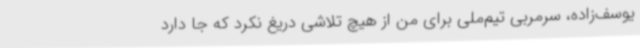
یوسف‌زاده، سرمربی تیم‌ملی برای من از هیچ تلاشی دریغ نکرد که جا دارد